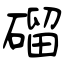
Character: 磂